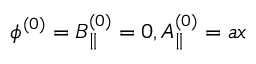
{ \phi } ^ { ( 0 ) } = { B } _ { \parallel } ^ { ( 0 ) } = 0 , A _ { \parallel } ^ { ( 0 ) } = a x